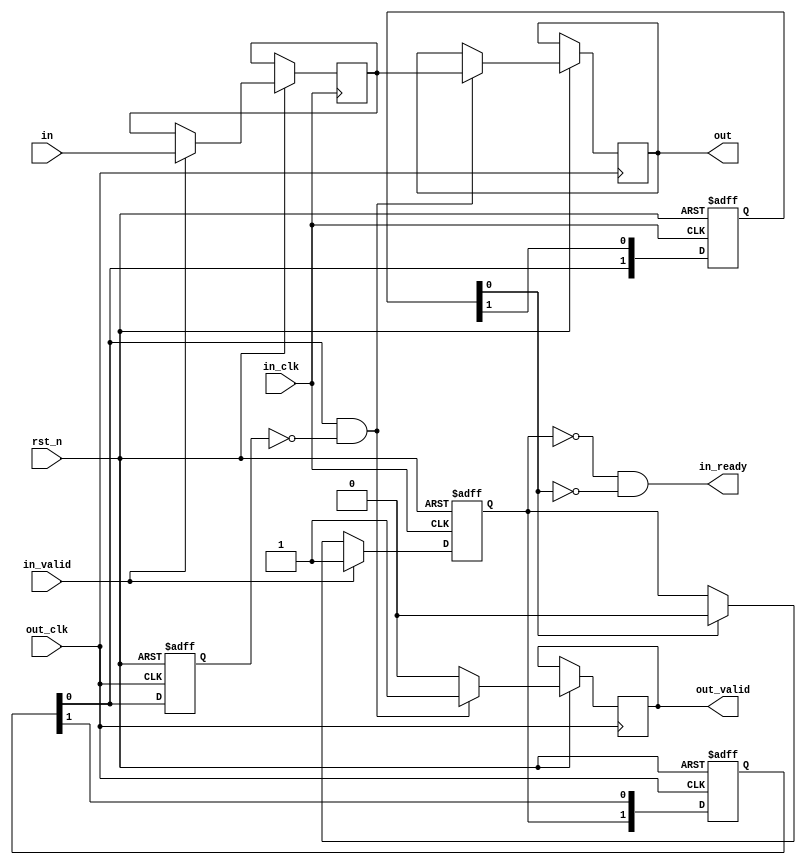
/* Simple (slow) buffer for crossing clock domains.
 * This won't get the data to you anytime soon.
 * Eventually we'll probably want a proper FIFO.
 */

`timescale 1 ps / 1 ps

module clkdomain_buf(/*AUTOARG*/
   // Outputs
   out, out_valid, in_ready,
   // Inputs
   rst_n, out_clk, in, in_clk, in_valid
   );
  parameter WIDTH = 32;
  parameter DEPTH = 2;

  input rst_n;

  output [WIDTH-1:0] out;
  input 	     out_clk;
  output reg 	     out_valid;

  input [WIDTH-1:0]  in;
  input 	     in_clk;
  input 	     in_valid;
  output 	     in_ready;

  reg [WIDTH-1:0]    inbuf;
  reg [WIDTH-1:0]    outbuf;
  reg [DEPTH-1:0]    i2o_signal;
  reg [DEPTH-1:0]    o2i_signal;

  reg 		     i2o_signal0_1a;

  reg 		     i_state;

  assign in_ready = ~i_state & ~o2i_signal[0];
  assign out = outbuf;

  always @(posedge in_clk or negedge rst_n) begin
     if (~rst_n) begin
	i_state <= 0;
	o2i_signal <= 0;
     end else begin
	if (in_valid) begin
	   i_state <= 1;
	   inbuf <= in;
	end else if (o2i_signal[0]) begin
	   i_state <= 0;
	end

	o2i_signal <= {i2o_signal[0], o2i_signal[DEPTH-1:1]};
     end
  end

  always @(posedge out_clk or negedge rst_n) begin
     if (~rst_n) begin
	i2o_signal <= 0;
	i2o_signal0_1a <= 0;
     end else begin
	i2o_signal <= {i_state, i2o_signal[DEPTH-1:1]};
	i2o_signal0_1a <= i2o_signal[0];
	if (i2o_signal[0] & ~i2o_signal0_1a) begin
	   outbuf <= inbuf;
	   out_valid <= 1;
	end else begin
	   out_valid <= 0;
	end
     end
  end
endmodule

`ifdef IVERILOG
module TB_clkdomain_buf();
  reg in_clk;
  reg out_clk;
  reg in_valid;
  reg rst_n;
  reg [32:0] in;

  localparam WIDTH=32;
  localparam DEPTH=16;

  /*AUTOWIRE*/
  // Beginning of automatic wires (for undeclared instantiated-module outputs)
  wire			in_ready;		// From c of clkdomain_buf.v
  wire [WIDTH-1:0]	out;			// From c of clkdomain_buf.v
  wire			out_valid;		// From c of clkdomain_buf.v
  // End of automatics

  initial begin
     in_clk <= 0;
     rst_n <= 1;
     in_valid <= 0;
     out_clk <= 0;

     #10 rst_n <= 0;
     #10 rst_n <= 1;
  end

  always #16 in_clk <= ~in_clk;
  always #10 out_clk <= ~out_clk;

  initial begin
     #100;
     in_valid <= 1;
     in <= 32'habcd6789;
     #20 in_valid <= 0;
     in <= 32'hx;
  end

  initial begin
     $dumpfile("iverilog_out.vcd");
     $dumpvars(0, c);
  end
  initial #10000 $finish();


  clkdomain_buf #(.WIDTH(WIDTH), .DEPTH(DEPTH)) c(/*AUTOINST*/
						  // Outputs
						  .out			(out[WIDTH-1:0]),
						  .out_valid		(out_valid),
						  .in_ready		(in_ready),
						  // Inputs
						  .rst_n		(rst_n),
						  .out_clk		(out_clk),
						  .in			(in[WIDTH-1:0]),
						  .in_clk		(in_clk),
						  .in_valid		(in_valid));
endmodule
`endif